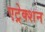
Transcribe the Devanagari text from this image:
एट्रेक्शन